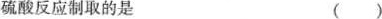
硫酸反应制取的是 ()